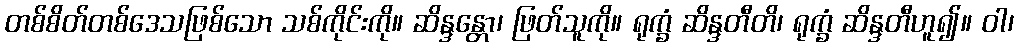
တစ်စိတ်တစ်ဒေသဖြစ်သော သစ်ကိုင်းကို။ ဆိန္ဒန္တော၊ ဖြတ်သူကို။ ရုက္ခံ ဆိန္ဒတီတိ၊ ရုက္ခံ ဆိန္ဒတီဟူ၍။ ဝါ၊